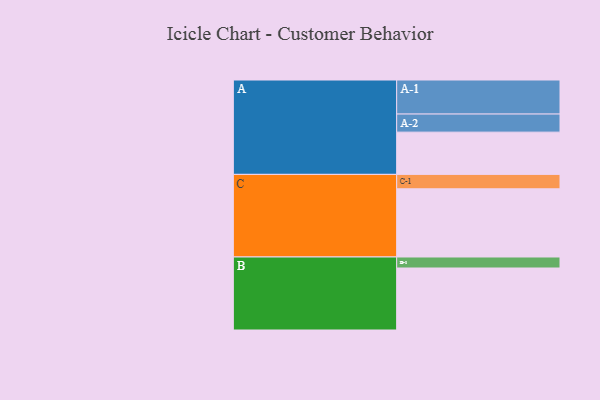
{"axis": {"x": "Segment", "y": "Value"}, "legend": ["", "A", "B", "C"], "data": [{"x": "A", "y": 334, "type": ""}, {"x": "B", "y": 490, "type": ""}, {"x": "C", "y": 539, "type": ""}, {"x": "A-1", "y": 269, "type": "A"}, {"x": "A-2", "y": 143, "type": "A"}, {"x": "B-1", "y": 87, "type": "B"}, {"x": "C-1", "y": 114, "type": "C"}]}